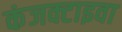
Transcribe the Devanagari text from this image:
कंजक्टाइवा